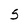
Character: 5